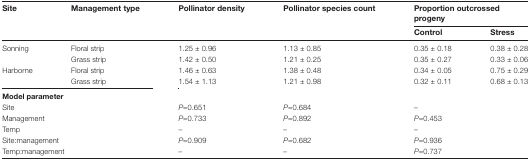
| <ROWSPAN=2> Site | <ROWSPAN=2> Management type | <ROWSPAN=2> Pollinator density | <ROWSPAN=2> Pollinator species count | <COLSPAN=2> Proportion outcrossed progeny |
 | Control | Stress |
 | --- | --- | --- | --- | --- | --- |
 | <ROWSPAN=2> Sonning | Floral strip | 1.25 ± 0.96 | 1.13 ± 0.85 | 0.35 ± 0.18 | 0.38 ± 0.28 |
 | Grass strip | 1.42 ± 0.50 | 1.21 ± 0.25 | 0.35 ± 0.27 | 0.33 ± 0.06 |
 | <ROWSPAN=2> Harborne | Floral strip | 1.46 ± 0.63 | 1.38 ± 0.48 | 0.34 ± 0.05 | 0.75 ± 0.29 |
 | Grass strip | 1.54 ± 1.13 | 1.21 ± 0.98 | 0.32 ± 0.11 | 0.68 ± 0.13 |
 | <COLSPAN=2> Model parameter |  |  |  |  |
 | <COLSPAN=2> Site | P=0.651 | P=0.684 | <COLSPAN=2> – |
 | <COLSPAN=2> Management | P=0.733 | P=0.892 | <COLSPAN=2> P=0.453 |
 | <COLSPAN=2> Temp | – | – | <COLSPAN=2> – |
 | <COLSPAN=2> Site:management | P=0.909 | P=0.682 | <COLSPAN=2> P=0.936 |
 | <COLSPAN=2> Temp:management | – | – | <COLSPAN=2> P=0.737 |